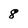
Character: 8